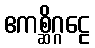
ဧကစ္ဆိဂ္ဂဠေ